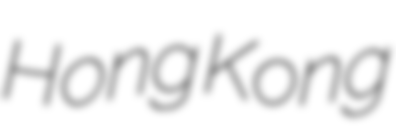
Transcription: Hong Kong